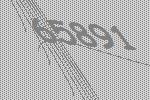
65891